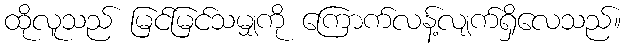
ထိုလူသည် မြင်မြင်သမျှကို ကြောက်လန့်လျက်ရှိလေသည်။